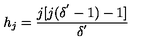
h _ { j } = \frac { j [ j ( \delta ^ { ' } - 1 ) - 1 ] } { \delta ^ { ' } }